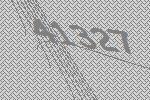
41327